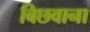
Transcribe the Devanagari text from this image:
बिछवाना